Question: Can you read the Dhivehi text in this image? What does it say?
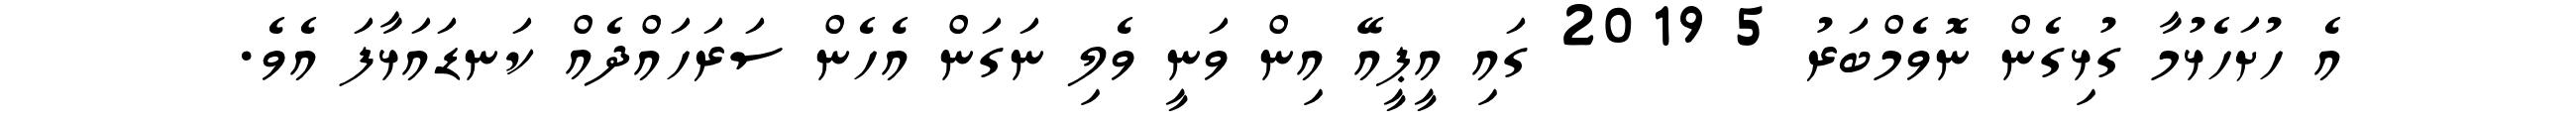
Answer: އެ ހުށަހެޅުމާ ގުޅިގެން ނޮވެމްބަރު 5 2019 ގައި އީޕީއޭ އިން ވަނީ ވެލި ނަގަން އެހެން ސަރަހައްދެއް ކަނޑައަޅާފަ އެވެ.